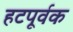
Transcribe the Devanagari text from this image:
हटपूर्वक